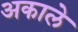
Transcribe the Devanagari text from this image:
अकाले